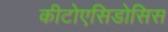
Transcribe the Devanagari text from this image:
कीटोएसिडोसिस